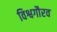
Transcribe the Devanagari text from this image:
विश्वगौरव